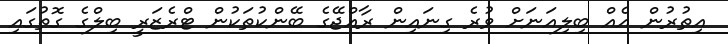
އިތުރުން އެއް ބިލިއަނަށް ވުރެ ގިނައިން ރާއްޖޭގެ ބޭންކުތަކުން ޓްރެޒަރީ ބިލްގެ ގޮތުގައި